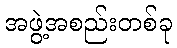
အဖွဲ့အစည်းတစ်ခု